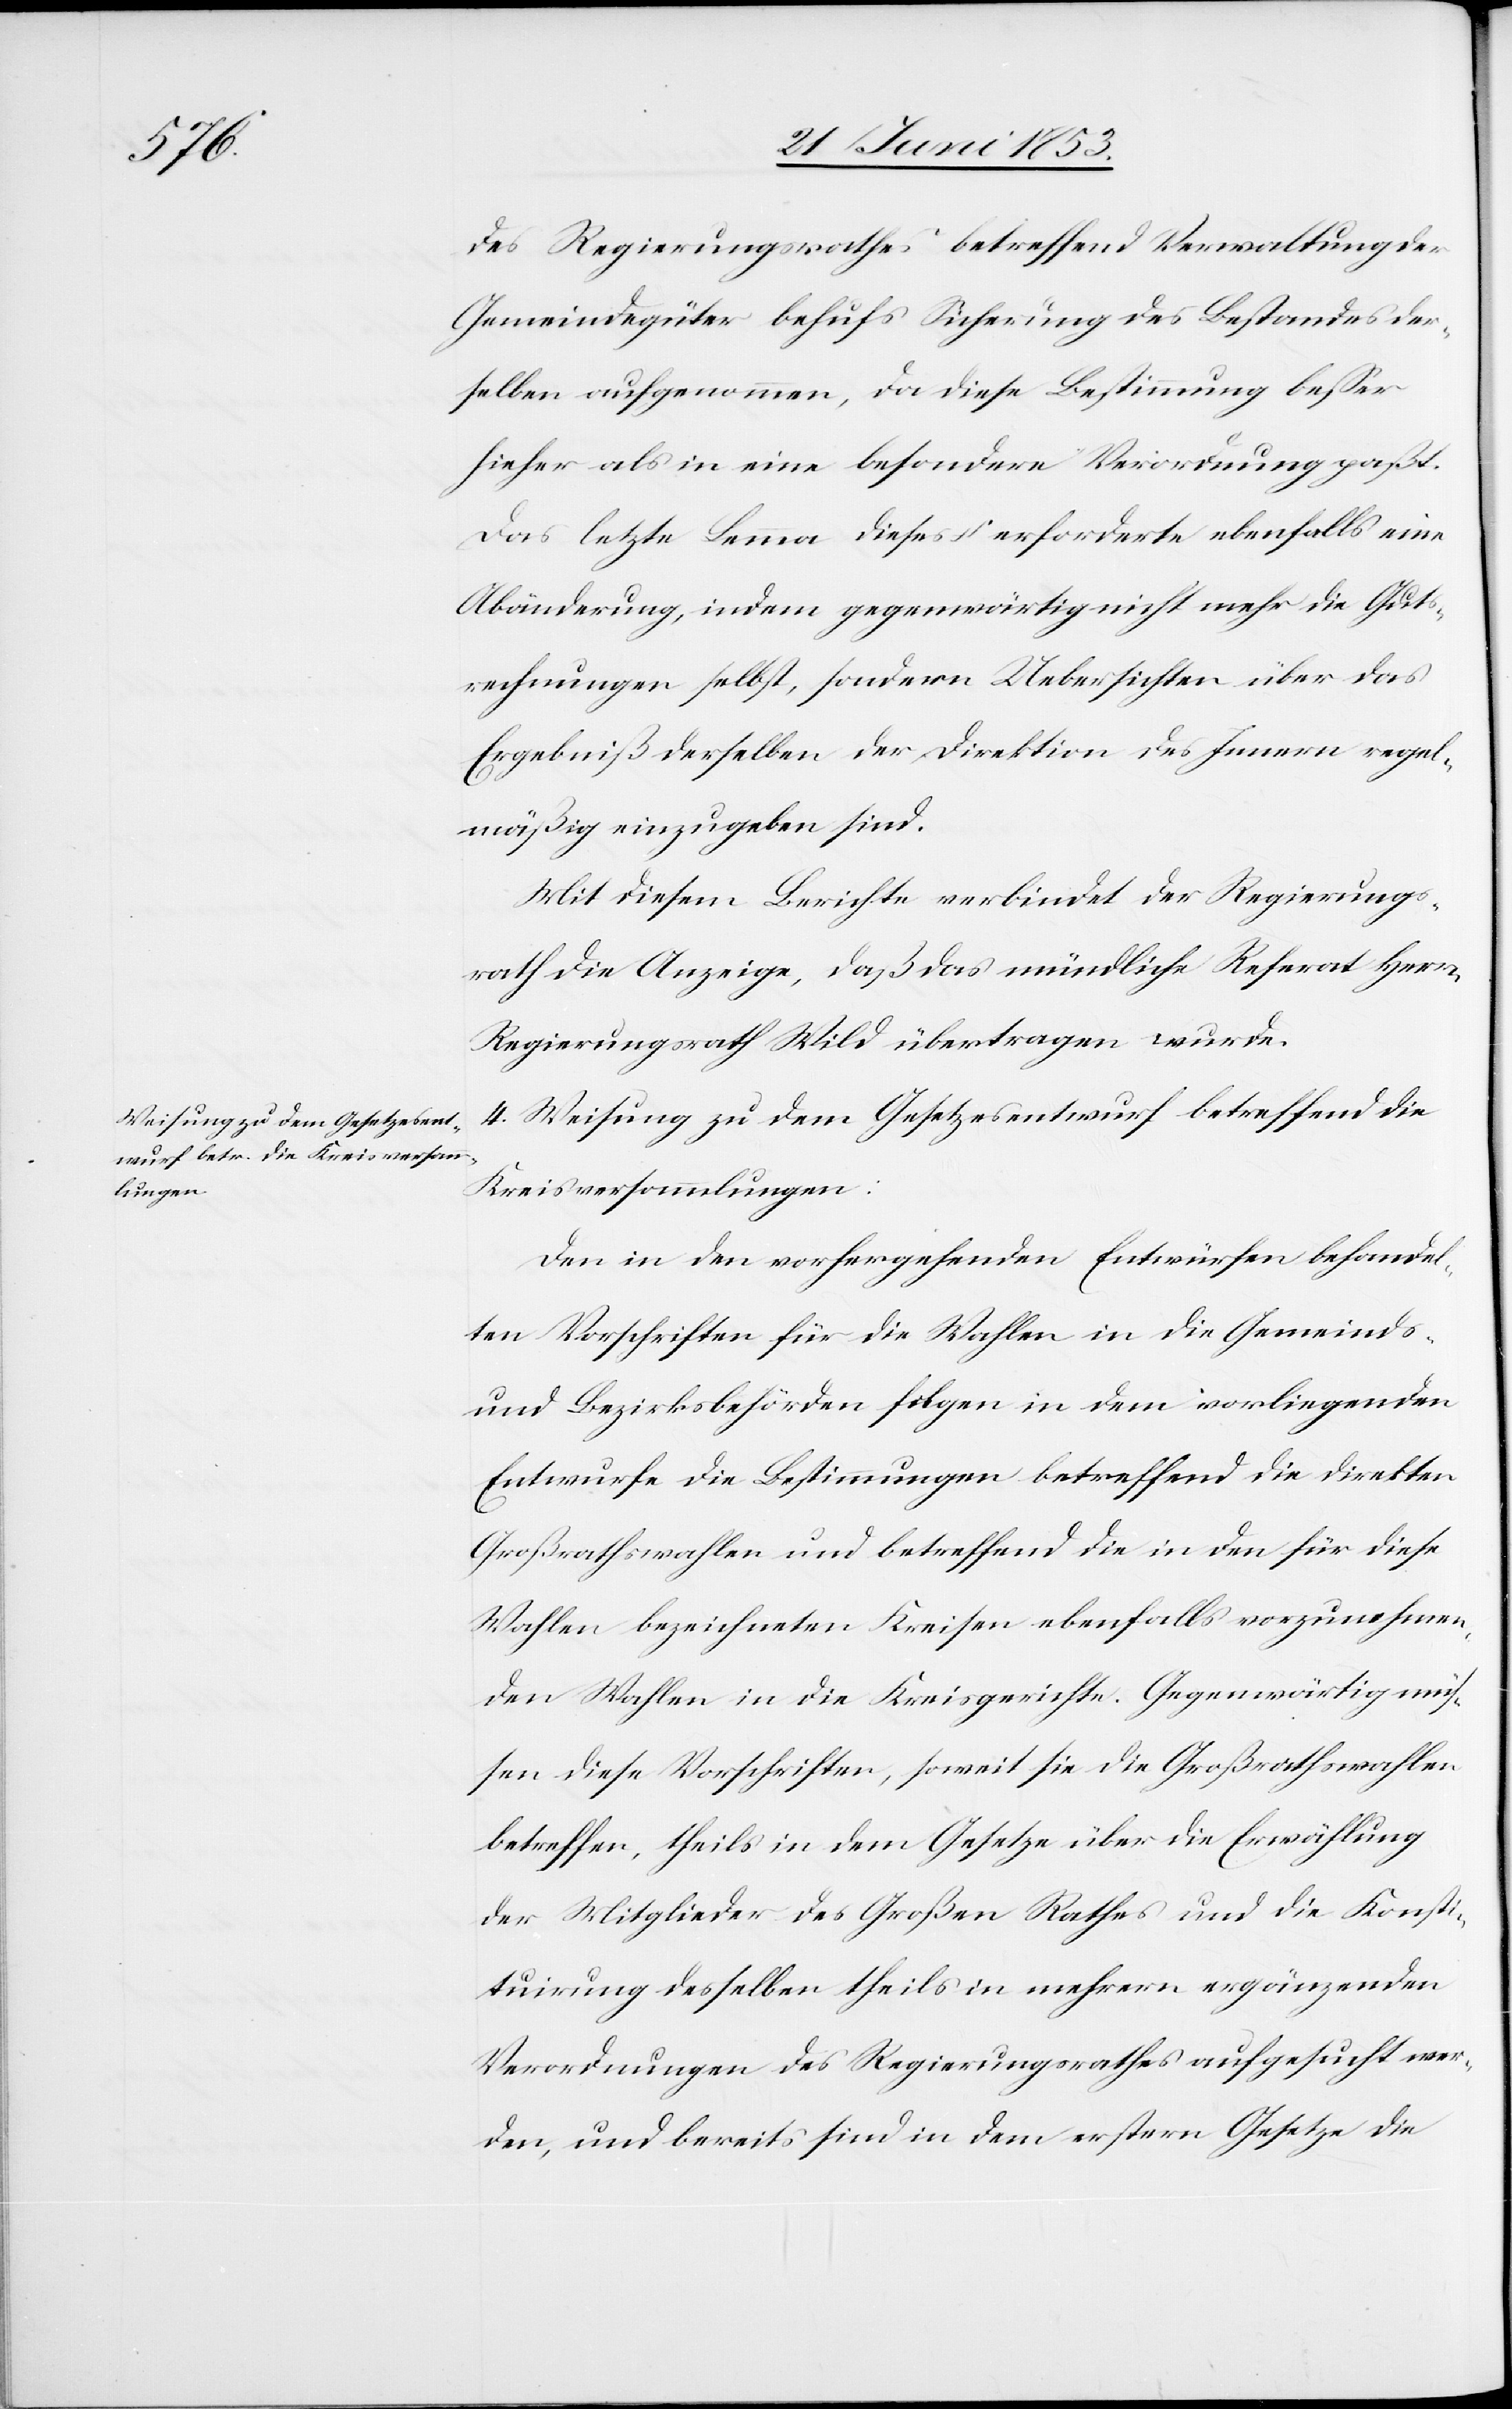
des Regierungsrathes betreffend Verwaltung der
Gemeindgüter behufs Sicherung des Bestandes der¬
selben aufgenommen, da diese Bestimmung beßer
hieher als in eine besondere Verordnung paßt.
Das letzte Lemma dieses § erforderte ebenfalls eine
Abänderung, indem gegenwärtig nicht mehr die Gut¬
srechnungen selbst, sondern Uebersichten über das
Ergebniß derselben, der Direktion des Innern regel¬
mäßig einzugeben sind.
Mit diesem Berichte verbindet der Regierungs¬
rath die Anzeige, daß das mündliche Referat Herrn
Regierungsrath Wild übertragen wurde.
4. Weisung zu dem Gesetzesentwurf betreffend die
Kreisversammlungen:
Den in den vorhergehenden Entwürfen behandel¬
ten Vorschriften für die Wahlen in die Gemeinds-
und Bezirksbehörden folgen in dem vorliegenden
Entwurfe die Bestimmungen betreffend die direkten
Großrathswahlen und betreffend die in dem für diese
Wahlen bezeichneten Kreisen ebenfalls vorzunehmen¬
den Wahlen in die Kreisgerichte. Gegenwärtig müs¬
sen diese Vorschriften, soweit sie die Großrathswahlen
betreffen, theils in dem Gesetze über die Erwählung
der Mitglieder des Großen Rathes und die Konsti¬
tuirung desselben theils in mehrern ergänzenden
Verordnungen des Regierungsrathes aufgesucht wer¬
den, und bereits sind in dem erstern Gesetze die